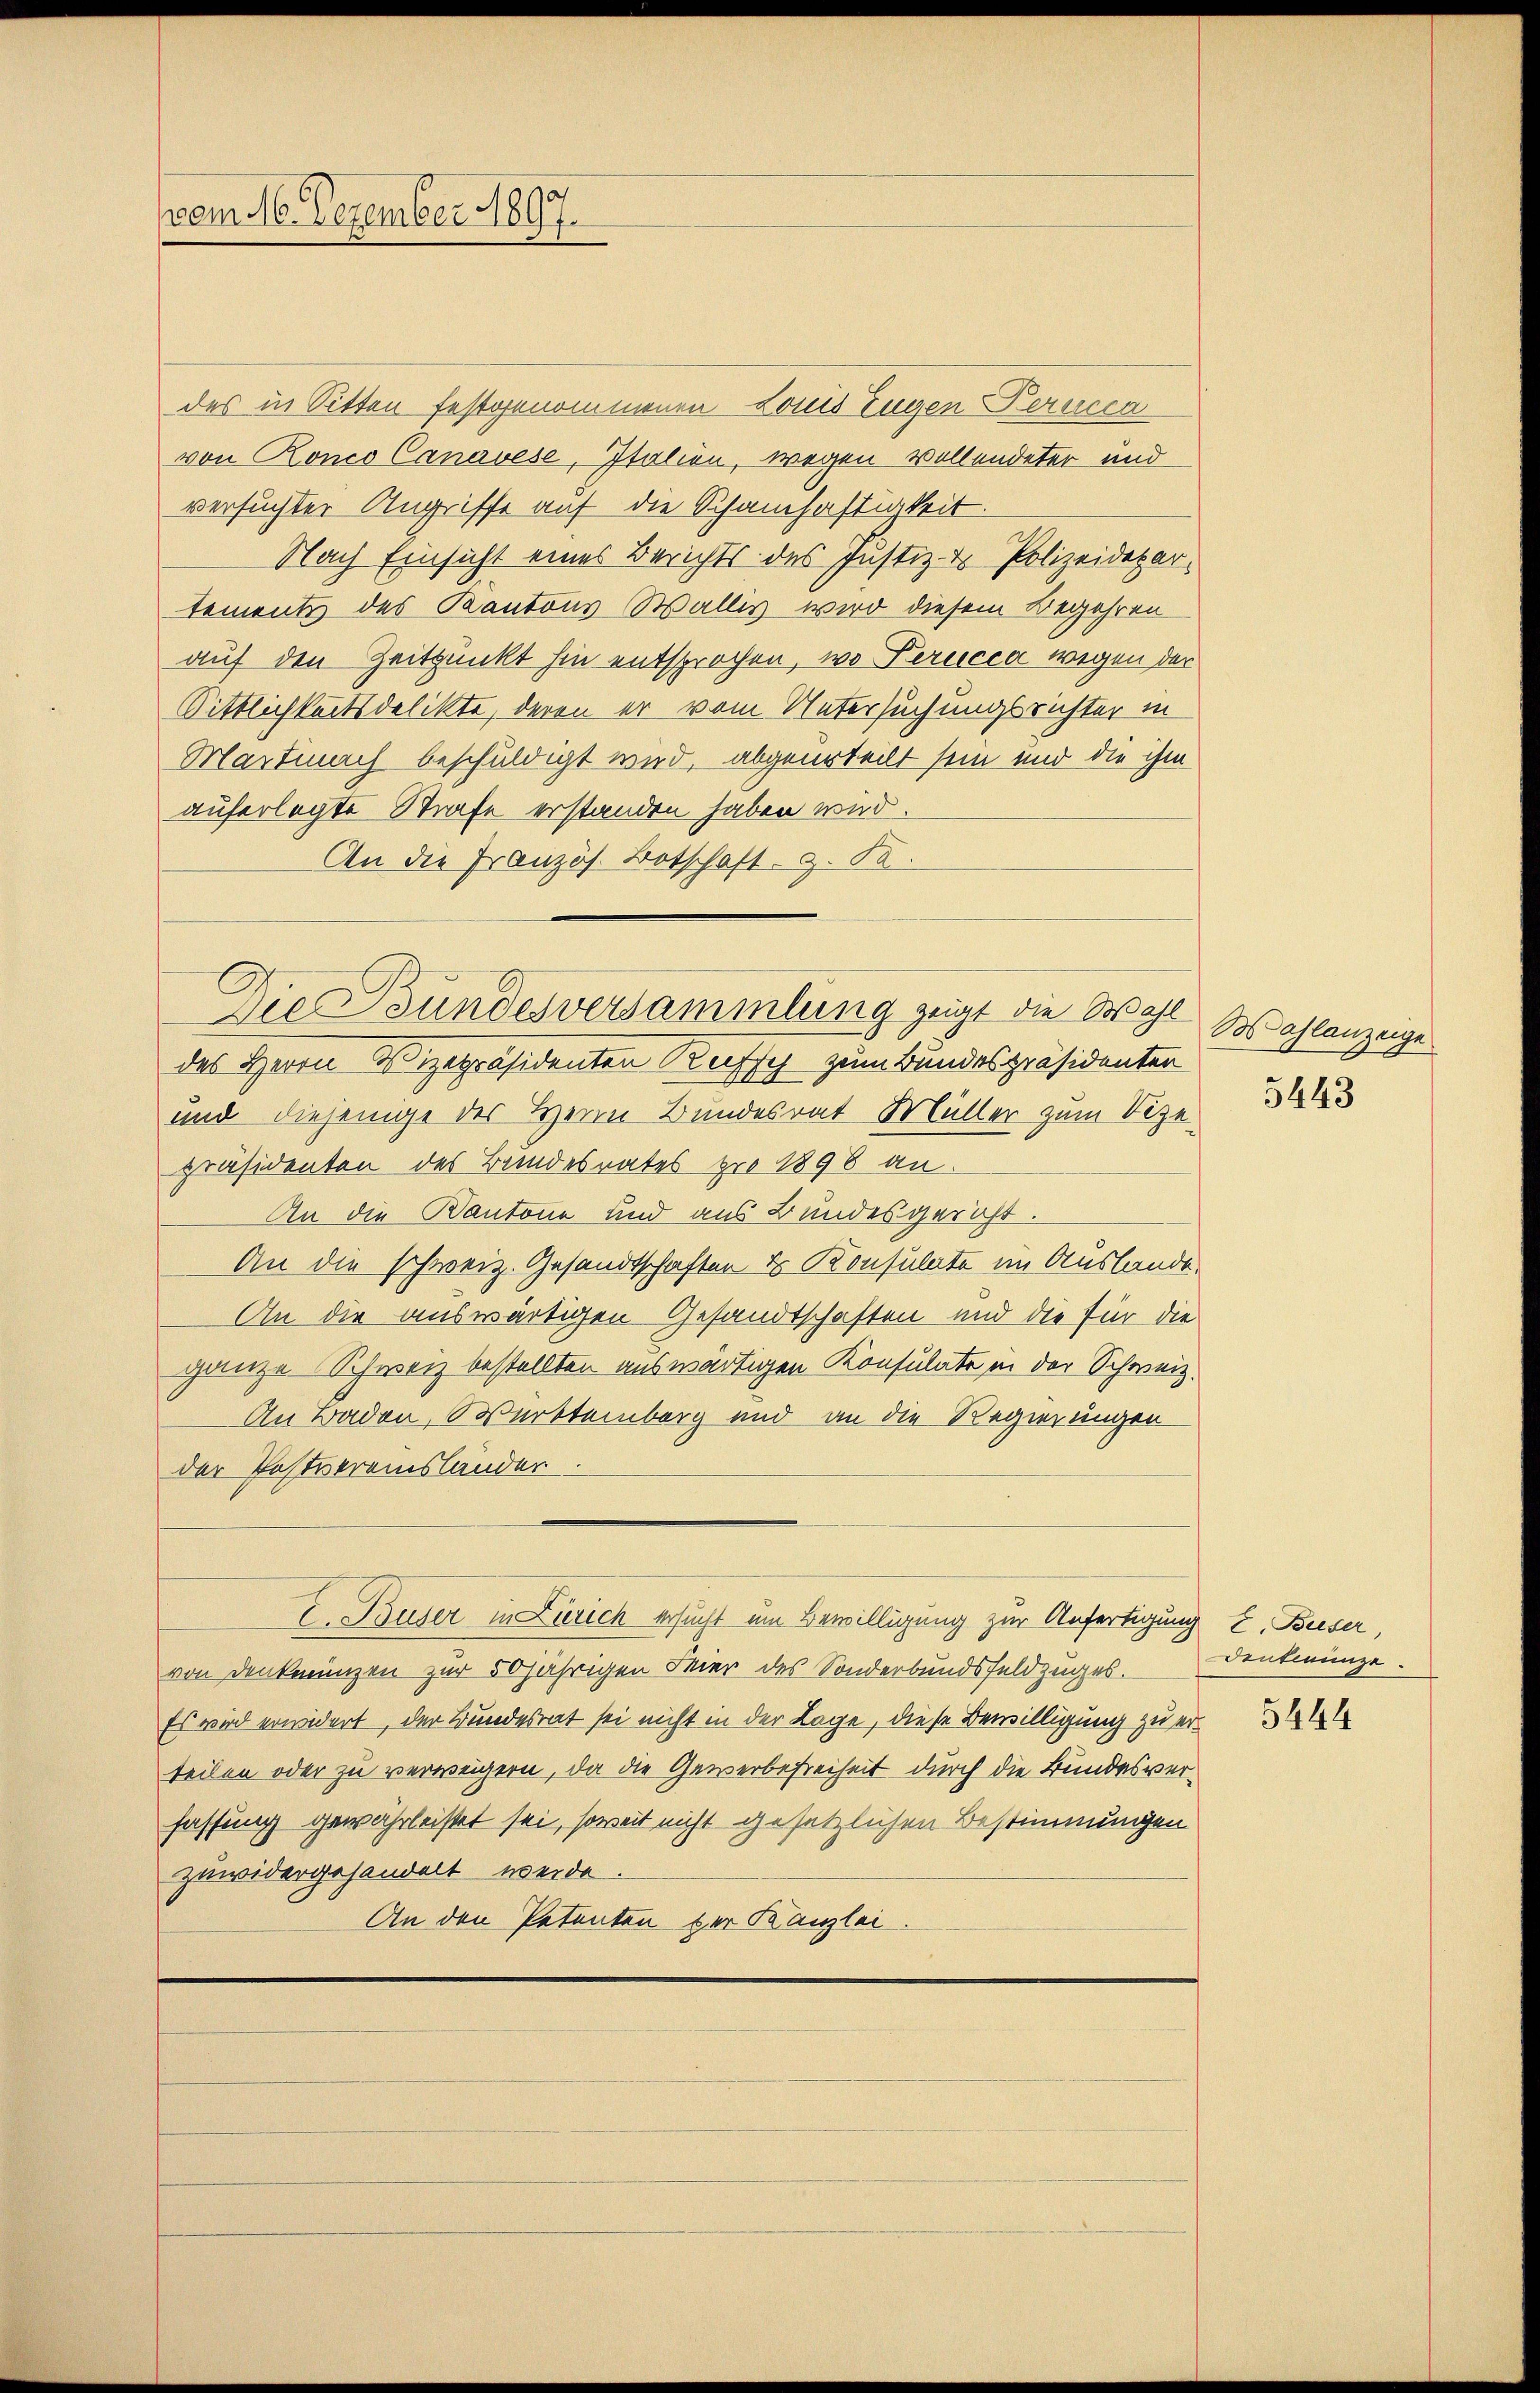
vom 16. Dezember 1897.

Die Bundesversammlung zeigt die Maje
des Herrn Vizepräsidenten Rechsch zum Bundespräsidenten

des in Sitten festgenommenen Louis Eugen Ferien
von Ronco Canavese, Italien, wegen vollendeter und
versuchter Angriffe auf die Schamhaftigkeit.
Nach Einsicht eines Berichts des Justiz- & Polizeidepartements des Kantons Wallis wird diesem Begehren
auf den Zeitpunkt hin entsprochen, wo Perucca wegen der
Sittlichkeitsdelikte, deren er vom Untersuchungsrichter in
Martinach beschuldigt wird, abgeurteilt sein und die ihm
auferlegte Strafe erstanden haben wird.
An die Französ. Botschaft z. S.

und diejenige der Herrn Bundesrat Müller zum Vize
präsidenten des Bandesrates pro 1898 an.
An die Kantone und aus Bundesgericht.
An die schweiz. Gesandtschaften & Konsulate im Auslande.
An die auswärtigen Gesandtschaften und die für die
ganze Schweiz bestellten auswärtigen Konsulate in der Schweiz.
An Baden, Württemberg und an die Regierungen
der Postvereisländer
Buser in Lierich ersucht um Bewilligung zur Anfertigung z. Buser,
von denkmünzen zur 50jährigen Feier des Sonderbundsfeldzuges.
Es wird erwidert, der Bundesrat sei nicht in der Lage, diese Bewilligung zu erteilen oder zu verweigern, da die Gewerbefreiheit durch die Bundesverfassung gewährleistet sei, soweit nicht gesetzlichen Bestimmungen
zuwidergehandelt werde.
An den Petenten der Kanzlei.

Sos ahlanzeige

3443

Dentiunze.

5444